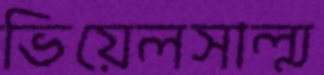
ভিয়েলসাল্ম